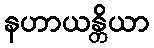
နဟာယန္တိယာ